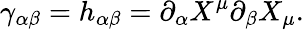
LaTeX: \gamma_{\alpha\beta}=h_{\alpha\beta}=\partial_{\alpha}X^{\mu}\partial_{\beta}X_{\mu}.